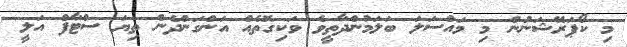
މި ކޯޕަރޭޝަނުން މި މައްސަލަ ބަލަމުންދާތީވެ ވަކިގޮތެއް އަންގަންދެން ތިޔަ ސްޓާފް އަލީ